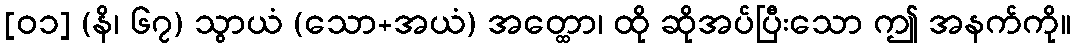
[၀၁] (နိ၊ ၆၇) သွာယံ (သော+အယံ) အတ္ထော၊ ထို ဆိုအပ်ပြီးသော ဤ အနက်ကို။